Report on vaccination in Madras 1877-1894 - 1877-1894
Year: 1877
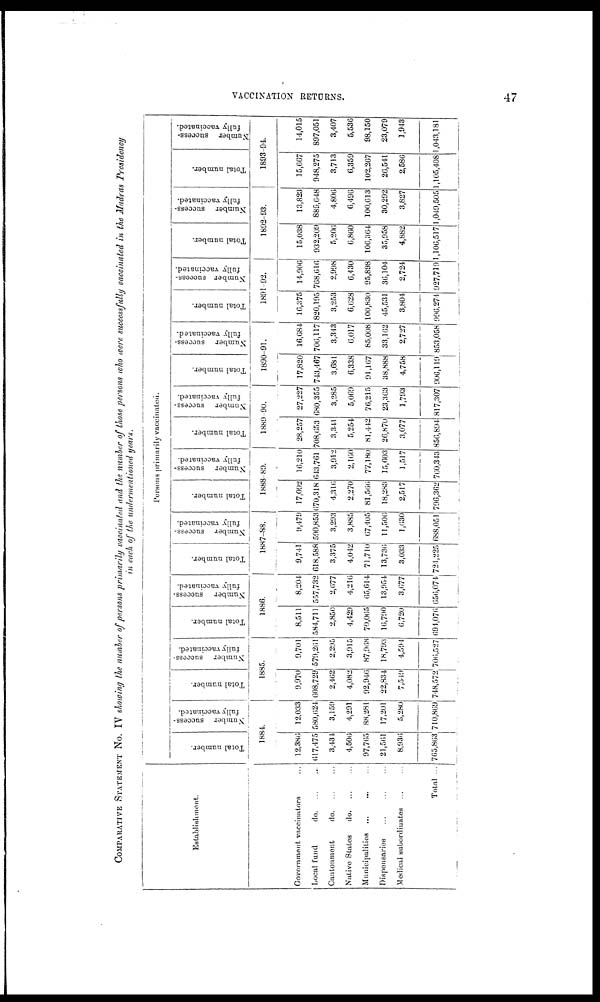
VACCINATION RETURNS.
47
COMPARATIVE STATEMENT No. IV showing the number of persons primarily vaccinated and the number of those persons who were successfully vaccinated in the Madras Presidency
in each of the undermentioned years.
Establishment.
Government vaccinators ...
Local fund
do. ... ...
Cantonment
do. ... ...
Native States
do. ... ...
Municipalities ... ... ...
Dispensaries ... ... ...
Medical subordinates ... ...
Total ...
Persons primarily vaccinated.
Total number.
Number success-
fully vaccinated.
1884.
12,386
617,475
3,431
4,506
97,765
21,561
8,936
765,863
12,033
580,624
3,159
4,291
88,281
17,201
5,280
710,869
Total number.
Number success-
fully vaccinated.
1885.
9,970
608,729
2,462
4,082
92,946
22,834
7,549
748,572
9,701
579,261
2,295
3,915
87,968
18,793
4,594
706,527
Total number.
Number
success-
fully vaccinated.
1886.
8,511
584,711
2,850
4,429
70,065
10,790
6,720
694,076
8,204
557,732
2,677
4,216
65,614
13,954
3,677
656,074
Total number.
Number success-
fully vaccinated.
1887-88.
9,741
618,588
3,375
4,042
71,710
13,736
3,033
724,225
9,479
590,853
3,293
3,885
67,405
11,506
1,630
688,051
Total number.
Number success-
fully vaccinated.
1888-89.
17,092
670,318
4,3l6
2,270
81,566
18,283
2,517
796,362
16,210
643,761
3,912
2,160
77,180
15,603
1,517
760,343
Total number.
Number success-
fully vaccinated.
1889-90.
28,257
708,653
3,341
5,254
81,442
26,870
3,077
856,894
27 227
680,355
3,285
5,069
76,215
23,363
1,793
817,307
Total number.
Number success-
fully vaccinated.
1890-91.
17,820
743,467
3,681
6,338
91,167
38,888
4,758
906,119
16,684
706,117
3,343
6,017
85,008
33,162
2,727
853,058
Total number.
Number success-
fully vaccinated.
1891-92.
16,375
820,195
3,253
6,628
100,830
45,531
3,804
996,274
14,906
768,610
2,998
6,430
95,898
36,104
2,724
927,719
Total number.
Number success-
fully vaccinated.
1892-93.
15,038
932,209
5,206
6,860
106,364
35,958
4,882
1,106,517
13,823
889,648
4,806
6,496
100,613
30,292
3,827
1,049,505
Total number.
Number success-
fully vaccinated.
1893-94.
15,667
948,275
3,713
6,359
102,267
26,541
2,586
1,105,408
14,015
897,051
3,407
5,536
98,150
23,079
1,943
1,043,181